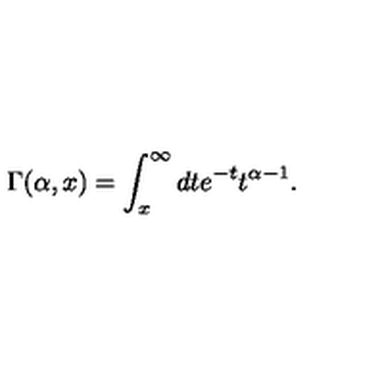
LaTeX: \Gamma ( \alpha , x ) = \int _ { x } ^ { \infty } d t e ^ { - t } t ^ { \alpha - 1 } .